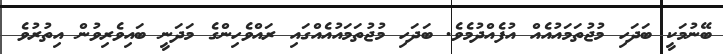
ބޭނުމަކީ ބަދަހި މުޖުތަމައުއެއް އުފެއްދުމެވެ. ބަދަހި މުޖުތަމައުއެއްގައި ރައްވެހިންގެ މަދަނީ ބައިވެރިވުން އިތުރުވެ